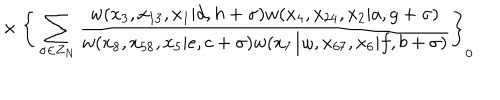
LaTeX: { } ~ \times \Bigg \{ \sum _ { \sigma \in Z _ { N } } \frac { w ( x _ { 3 } , x _ { 1 3 } , x _ { 1 } | d , h + \sigma ) w ( x _ { 4 } , x _ { 2 4 } , x _ { 2 } | a , g + \sigma ) } { w ( x _ { 8 } , x _ { 5 8 } , x _ { 5 } | e , c + \sigma ) w ( x _ { 7 } / \omega , x _ { 6 7 } , x _ { 6 } | f , b + \sigma ) } \Bigg \} _ { 0 }